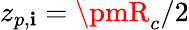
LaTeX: z_{p,\mathbf{i}}=\pmR_{c}/2